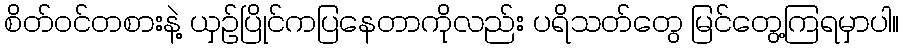
စိတ်ဝင်တစားနဲ့ ယှဉ်ပြိုင်ကပြနေတာကိုလည်း ပရိသတ်တွေ မြင်တွေ့ကြရမှာပါ။